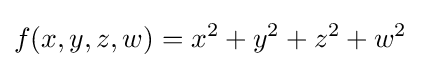
f(x,y,z,w)=x^{2}+y^{2}+z^{2}+w^{2}